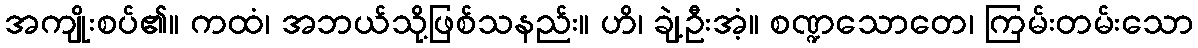
အကျိုးစပ်၏။ ကထံ၊ အဘယ်သို့ဖြစ်သနည်း။ ဟိ၊ ချဲ့ဦးအံ့။ စဏ္ဍသောတေ၊ ကြမ်းတမ်းသော